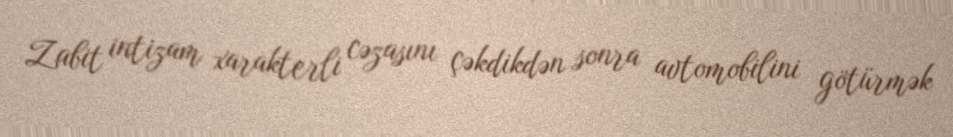
Zabit intizam xarakterli cəzasını çəkdikdən sonra avtomobilini götürmək